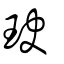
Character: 玦